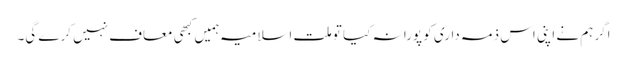
اگر ہم نے اپنی اس ذمہ داری کو پورا نہ کیا تو ملت اسلامیہ ہمیں کبھی معاف نہیں کرے گی۔